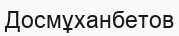
Досмұханбетов